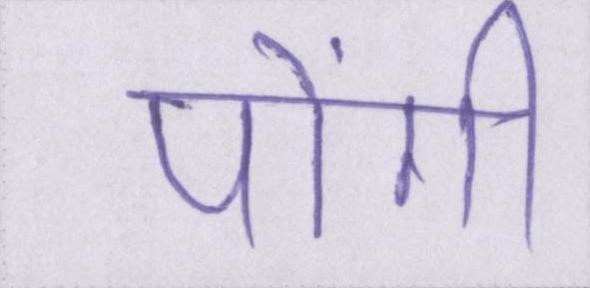
पोंगी